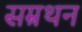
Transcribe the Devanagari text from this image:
सम्रथन